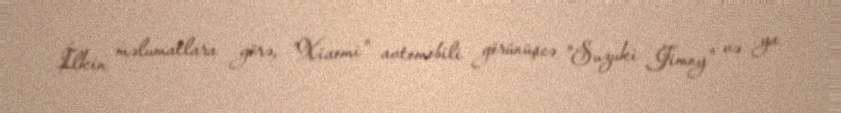
İlkin məlumatlara görə, "Xiaomi" avtomobili görünüşcə "Suzuki Jimny" və ya